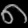
Digit: ၈